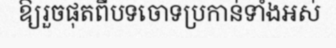
ឱ្យរួចផុតពីបទចោទប្រកាន់ទាំងអស់